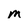
Character: m